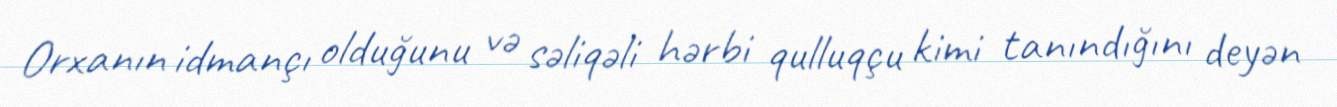
Orxanın idmançı olduğunu və səliqəli hərbi qulluqçu kimi tanındığını deyən